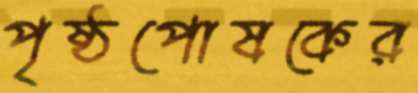
পৃষ্ঠপোষকের